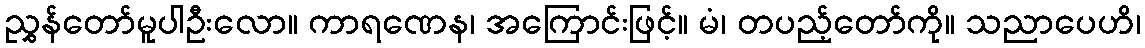
ညွှန်တော်မူပါဦးလော။ ကာရဏေန၊ အကြောင်းဖြင့်။ မံ၊ တပည့်တော်ကို။ သညာပေဟိ၊